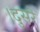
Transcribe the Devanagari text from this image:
।दुसरे